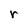
Character: r